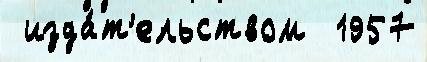
 изда́т'ельством  1957